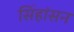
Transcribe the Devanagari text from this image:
सिंहांसन